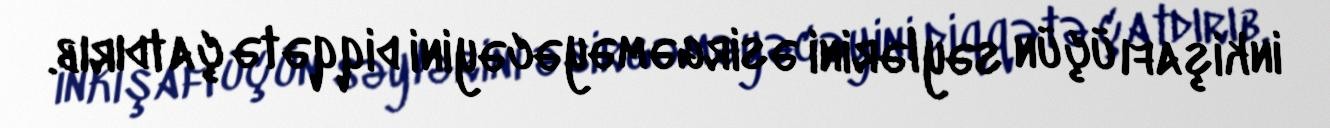
inkişafı üçün səylərini əsirgəməyəcəyini diqqətə çatdırıb.